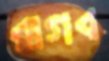
রাগব